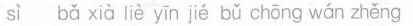
sì bǎ xià liè jié bǔ chōng wán zhěng